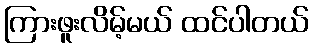
ကြားဖူးလိမ့်မယ် ထင်ပါတယ်